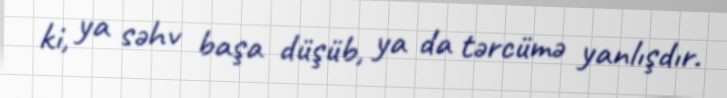
ki, ya səhv başa düşüb, ya da tərcümə yanlışdır.